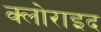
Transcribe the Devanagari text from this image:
क्लोराइद